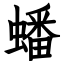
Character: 蟠